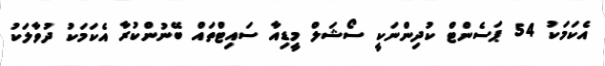
އެކަމަކު 54 ޕަސެންޓް ކުދިންނަކީ ސޯޝަލް މީޑިއާ ސައިޓްތައް ބޭނުންކުރާ އެކަމަކު ދުވާލަކު